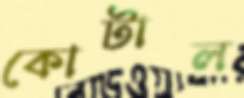
কোটাল